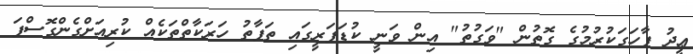
ޢީދު ފާހަގަކުރުމުގެ ގޮތުން "ވަގުތު" އިން ވަނީ ކުޑަފަރީގައި ތަފާތު ހަރަކާތްތަކެއް ކުރިއަށްގެންގޮސްފަ